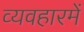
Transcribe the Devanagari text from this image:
व्यवहारमें